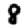
Digit: 8